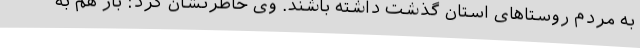
به مردم روستاهای استان گذشت داشته باشند. وی خاطرنشان کرد: باز هم به